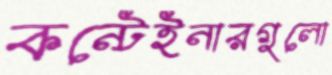
কন্টেইনারগুলো